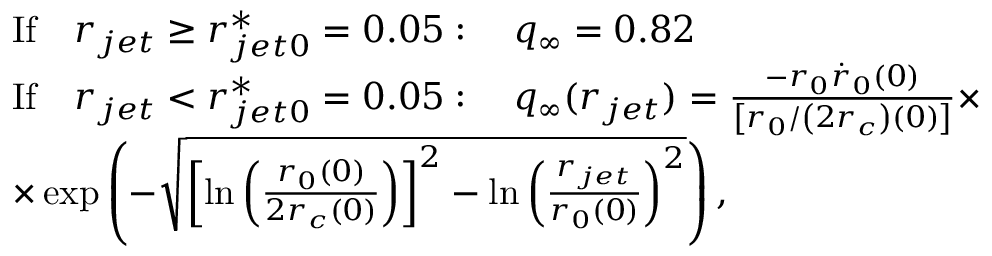
\begin{array} { r l } & { \mathrm { I f } \quad r _ { j e t } \geq r _ { j e t 0 } ^ { * } = 0 . 0 5 : \quad q _ { \infty } = 0 . 8 2 } \\ & { \mathrm { I f } \quad r _ { j e t } < r _ { j e t 0 } ^ { * } = 0 . 0 5 : \quad q _ { \infty } ( r _ { j e t } ) = \frac { - r _ { 0 } \dot { r } _ { 0 } ( 0 ) } { \left[ r _ { 0 } / \left( 2 r _ { c } \right) ( 0 ) \right] } \times } \\ & { \times \exp \left( - \sqrt { \left[ \ln \left( \frac { r _ { 0 } ( 0 ) } { 2 r _ { c } ( 0 ) } \right) \right] ^ { 2 } - \ln \left( \frac { r _ { j e t } } { r _ { 0 } ( 0 ) } \right) ^ { 2 } } \right) , } \end{array}